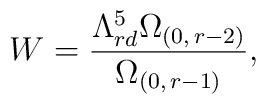
W=\frac{\Lambda _{rd}^{5}\Omega_{(0,\, r-2)}}{\Omega_{(0,\, r-1)}},